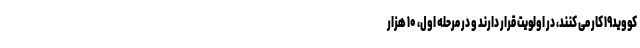
کووید۱۹ کار می کنند، در اولویت قرار دارند و در مرحله اول، ۱۰ هزار